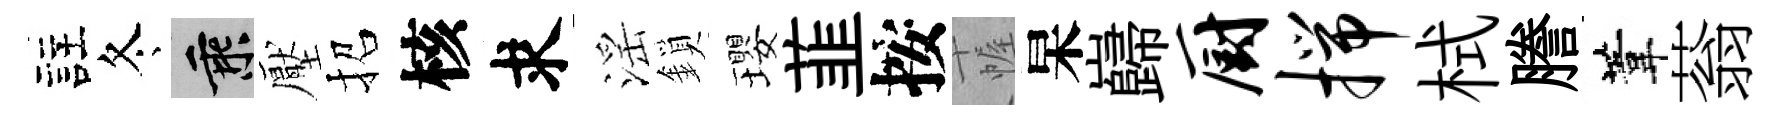
註冬乘壓招核求滛鎖瓔韮按幄杲巋厨揣栻謄葦蓊